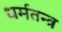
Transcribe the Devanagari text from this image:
धर्मतन्त्र